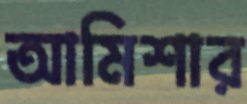
আমিশার